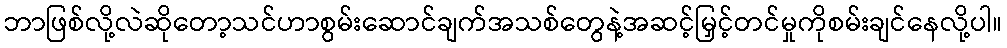
ဘာဖြစ်လို့လဲဆိုတော့သင်ဟာစွမ်းဆောင်ချက်အသစ်တွေနဲ့အဆင့်မြှင့်တင်မှုကိုစမ်းချင်နေလို့ပါ။